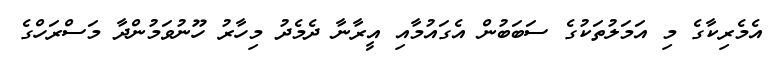
އެމެރިކާގެ މި އަމަލުތަކުގެ ސަބަބުން އެގައުމާއި އީރާނާ ދެމެދު މިހާރު ހޫނުވަމުންދާ މަސްރަހްގެ